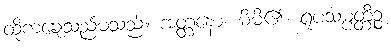
ထိုကချေသည်မသည်။ အတ္တနော၊ မိမိ၏။ ရူပသမ္ပတ္တိဉ္စ၊